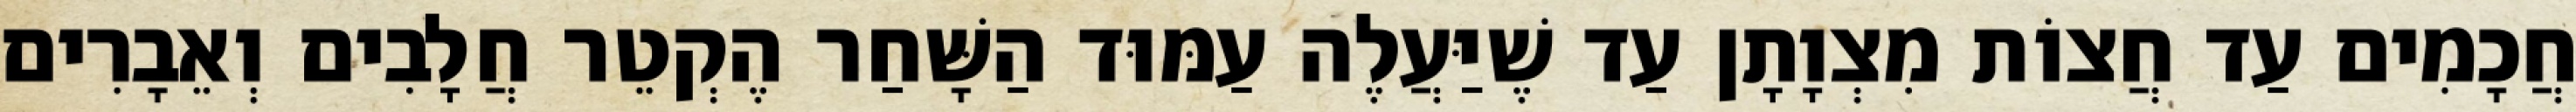
חֲכָמִים עַד חֲצוֹת מִצְוָתָן עַד שֶׁיַּעֲלֶה עַמּוּד הַשָּׁחַר הֶקְטֵר חֲלָבִים וְאֵבָרִים